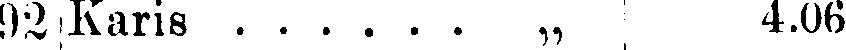
92 Karis . . . . . . „ 4.06